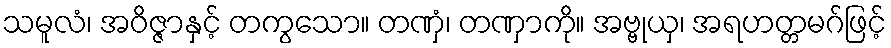
သမူလံ၊ အဝိဇ္ဇာနှင့် တကွသော။ တဏှံ၊ တဏှာကို။ အဗ္ဗုယှ၊ အရဟတ္တမဂ်ဖြင့်